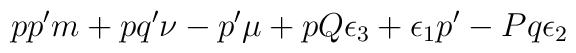
pp'm+pq'\nu-p'\mu+pQ\epsilon_3+\epsilon_1p' -Pq\epsilon_2